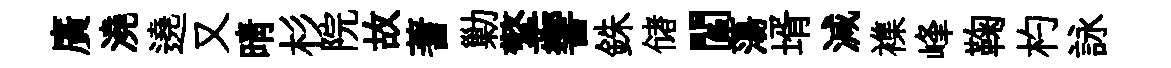
廣澆遶又晴杉院故蓍勦擎響銖储閻蕩壻減襍峰鞠杓詠